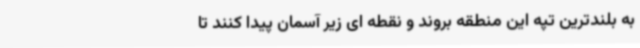
به بلندترین تپه این منطقه بروند و نقطه ای زیر آسمان پیدا کنند تا